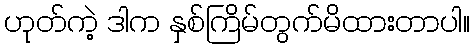
ဟုတ်ကဲ့ ဒါက နှစ်ကြိမ်တွက်မိထားတာပါ။